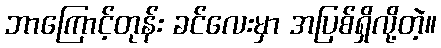
ဘာကြောင့်တုန်း ခင်လေးမှာ အပြစ်ရှိလို့တဲ့။